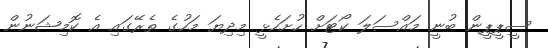
ސީޕީޕީން ބުނީ މައްސަލަ ކޯޓަށް ހުށަހެޅީ މިދިޔަ މަހުގެ ތެރޭގައި އެ ކޮމިޝަނުން